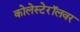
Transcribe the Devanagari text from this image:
कोलेस्टेरॉलवर